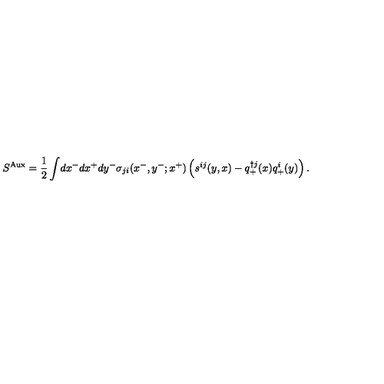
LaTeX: S ^ { \mathrm { A u x } } = \frac { 1 } { 2 } \int \! d x ^ { - } d x ^ { + } d y ^ { - } \sigma _ { j i } ( x ^ { - } , y ^ { - } ; x ^ { + } ) \left( s ^ { i j } ( y , x ) - q _ { + } ^ { \dag j } ( x ) q _ { + } ^ { i } ( y ) \right) .